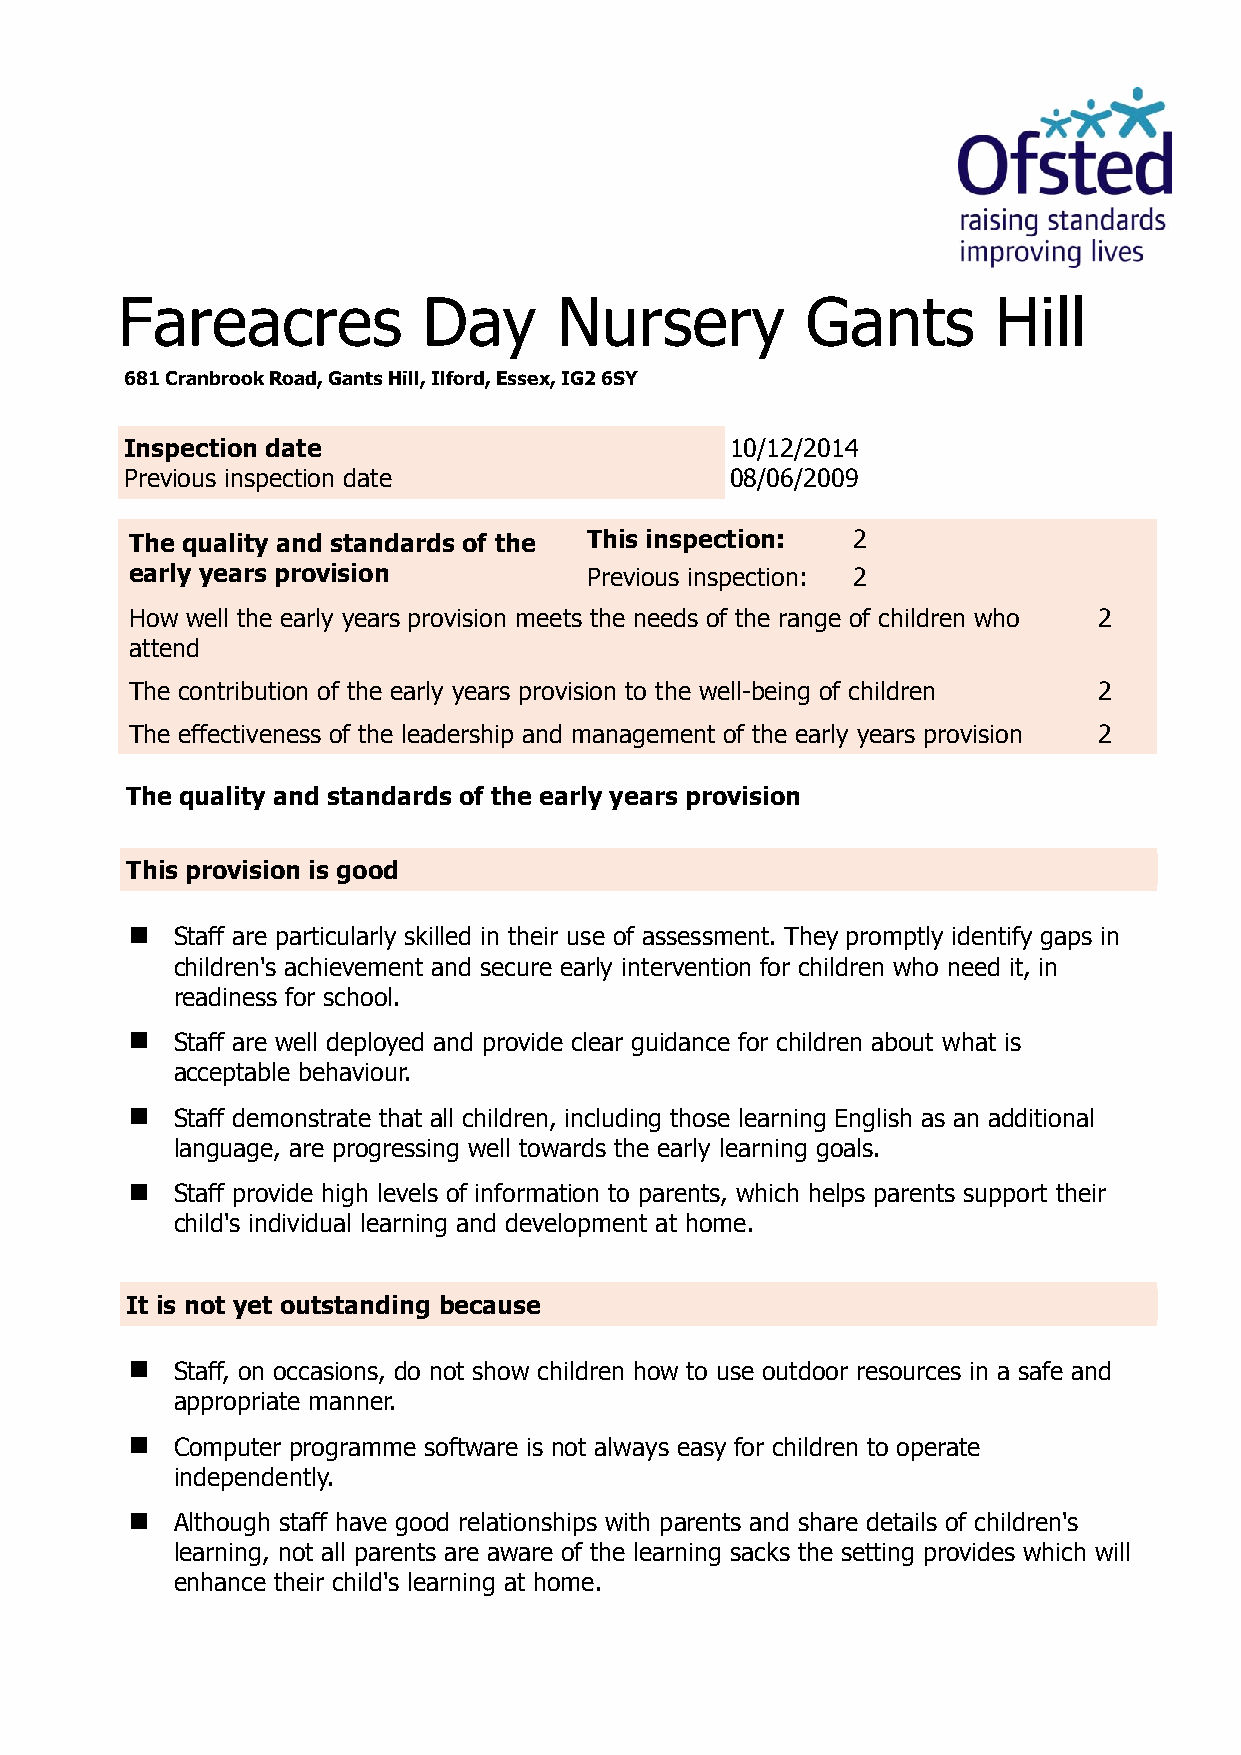
Fareacres           Day      Nursery         Gants        Hill
 681 Cranbrook Road, Gants Hill, Ilford, Essex, IG2 6SY
 Inspection date                         10/12/2014
 Previous inspection date                08/06/2009
 The quality and standards of the This inspection: 2
 early years provision         Previous inspection: 2
 How well the early years provision meets the needs of the range of children who 2
 attend
 The contribution of the early years provision to the well-being of children 2
 The effectiveness of the leadership and management of the early years provision 2
 The quality and standards of the early years provision
 This provision is good
   Staff are particularly skilled in their use of assessment. They promptly identify gaps in
 children's achievement and secure early intervention for children who need it, in
 readiness for school.
   Staff are well deployed and provide clear guidance for children about what is
 acceptable behaviour.
   Staff demonstrate that all children, including those learning English as an additional
 language, are progressing well towards the early learning goals.
   Staff provide high levels of information to parents, which helps parents support their
 child's individual learning and development at home.
 It is not yet outstanding because
   Staff, on occasions, do not show children how to use outdoor resources in a safe and
 appropriate manner.
   Computer programme software is not always easy for children to operate
 independently.
   Although staff have good relationships with parents and share details of children's
 learning, not all parents are aware of the learning sacks the setting provides which will
 enhance their child's learning at home.